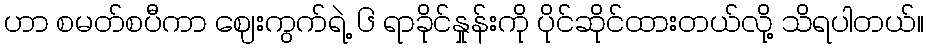
ဟာ စမတ်စပီကာ ဈေးကွက်ရဲ့ ၆ ရာခိုင်နှုန်းကို ပိုင်ဆိုင်ထားတယ်လို့ သိရပါတယ်။